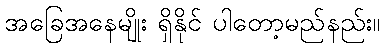
အခြေအနေမျိုး ရှိနိုင် ပါတော့မည်နည်း။